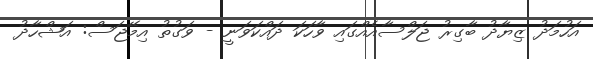
އަހުމަދު ޒިޔާދު ބާގިރު ޖަލްސާއެއްގައި ވާހަކަ ދައްކަވަނީ - ވަގުތު އިމޭޖަސް: އަޝްހާދު